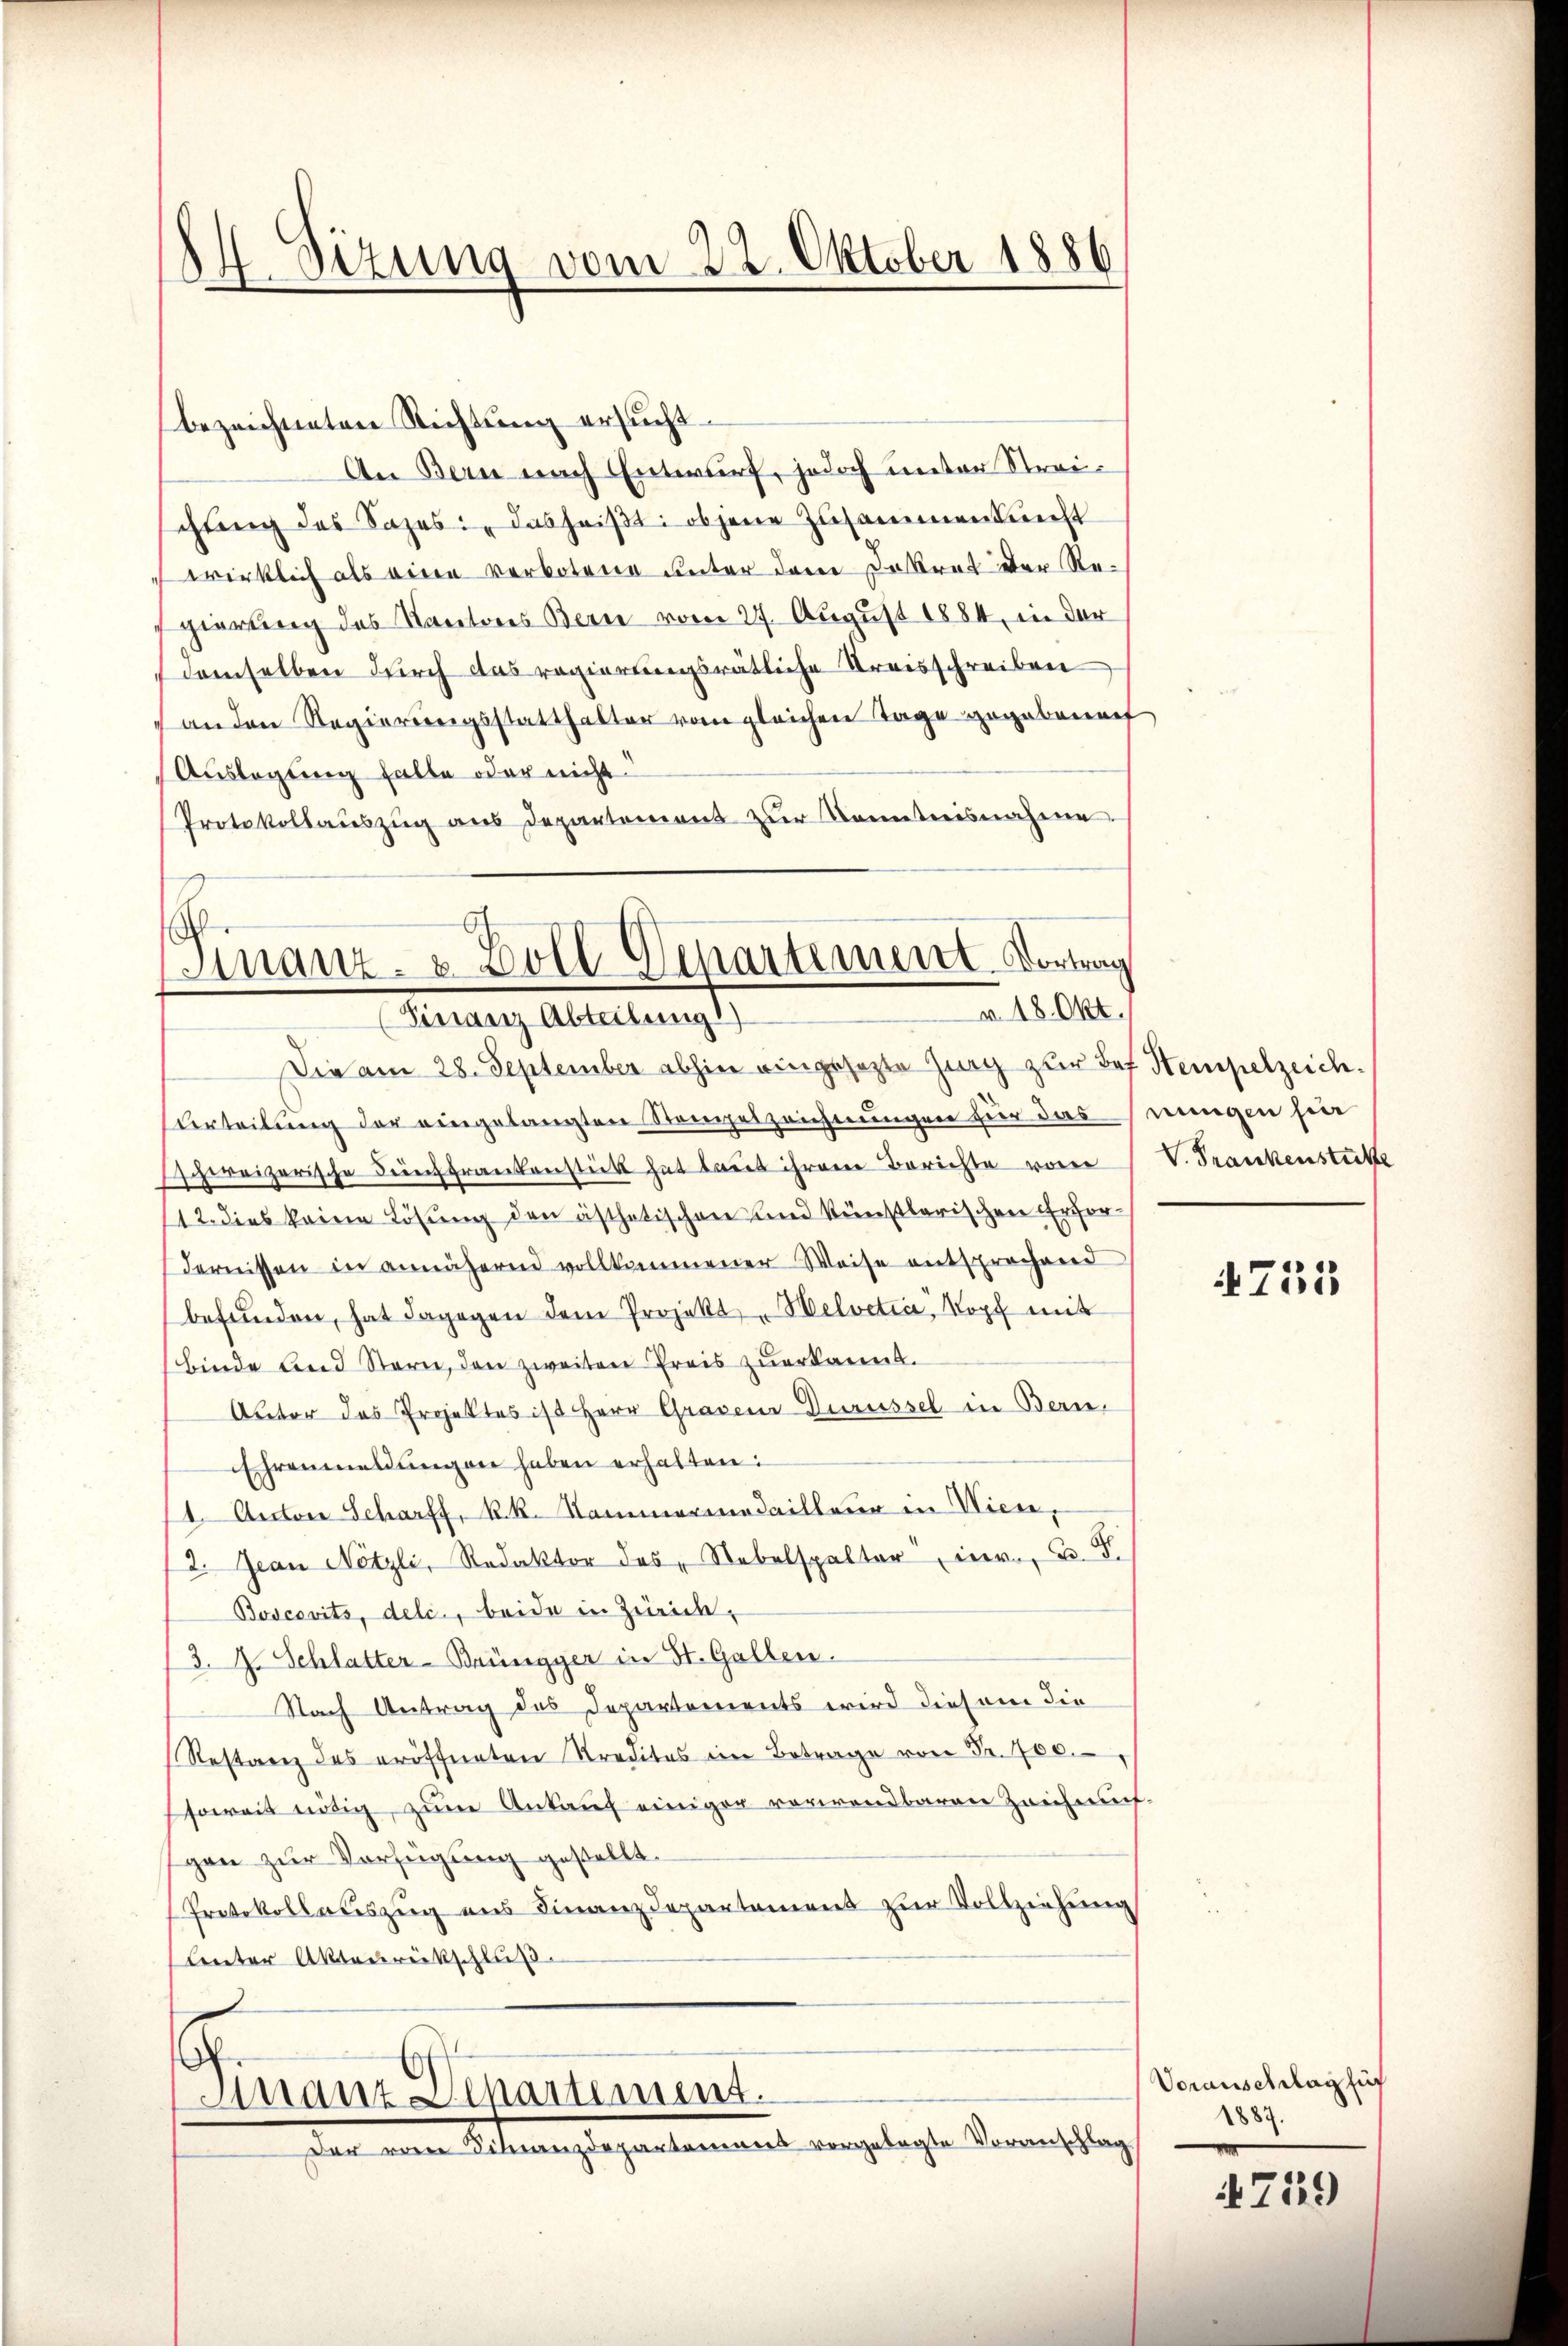
Sizung vom 22. Oktober 1886
d

Die am 28. September abhin eingesezte Zug zur des Stempelzeich¬
Urteilung der eingelangten Stangelzeichnungen für das eingen sie
schweizerische durchfrankenstückt hat laut ihrem Berichte von
112. dies keine Lösung den ästhetischen und künstlerischen Erfordernissen in annähernd vollkommener Weise entsprechend
befŭnden, hat dagegen dem Projekt "Welvetia, Kopf mit
binde und Stern, den zweiten Preis zuerkannt.
Autor das Projektes ist Herr Graveur Durüssel in Bern,
Ehrenmeldŭngen haben erhalten:
1. Autor Scharff, k. k. Kammermedailleur in Wien,
2. Jean Netzli, Redaktor des Nebelspalter inr. B. S.
Boscovits, dele, beide in Zürich,
3. J. Schlatter-Brüngger in St. Gallen.
Nach Antrag des Departements wird diesem die
Restanz des eröffneten Kreditas ein Betrage von Fr. 400.
soweit nötig, zŭm Ankauf einiger vorirendbaren Zeichnung
gen zur Verfügung gestellt.
Protokollauszug aus Finanzdepartement zur Vollziehung
Leuter Aktenrückschluß

bezeichneten Richtung ersucht
An Bern nach Entwurf, jedoch unter Streischlung des Sazes: "dasheiβt: ob jene Zusammenkunft
wirklich als eine verbotene unter dem Dokrat der Regierung des Kantons Bern vom 27. August 1884, in der
demselben durch das regierungsrätliche Kreisschreiben
an den Regierungsstatthalter vom gleichen Tage gegebenef
Auslegung falle oder nicht
Protokollauszug aus Departemens zur Kenntnisnahme

Finanz- & Zoll Departement. Vortrag
v. 18. Okt.
Finanz Abteilung)

.
mnant Wipartiment.
sten ander Armengelegartement vorgelegten Veranschlag

V. Frankenstücke

755

Voranschlag für
1887.

719